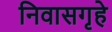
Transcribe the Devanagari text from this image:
निवासगृहे